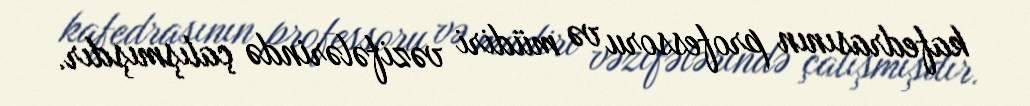
kafedrasının professoru və müdiri vəzifələrində çalışmışdır.